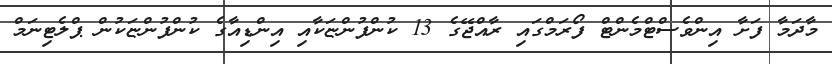
މާދަމާ ފަށާ އިންވެސްޓްމެންޓް ފޯރަމްގައި ރާއްޖޭގެ 13 ކުންފުންޏަކާއި އިންޑިއާގެ ކުންފުންޏަކުން ޕްލެޓިނަމް